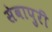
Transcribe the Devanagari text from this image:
सेवापुरी